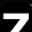
Digit: 7